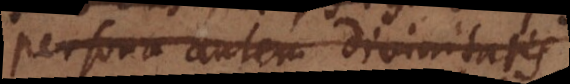
Persona autem divinitatis